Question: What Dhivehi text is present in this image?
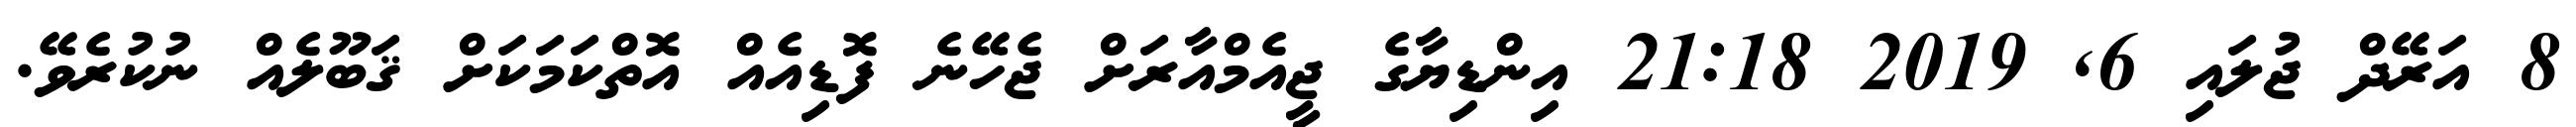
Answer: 8 އަރޭދް ޖުލައި 6, 2019 21:18 އިންޑިޔާގެ ޖީއެމްއާރަށް ޖެހޭނެ ފޮޑިއެއް އޮތްކަމަކަށް ޤަބޫލެއް ނުކުރެވޭ.